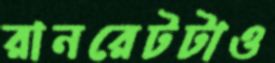
রানরেটটাও